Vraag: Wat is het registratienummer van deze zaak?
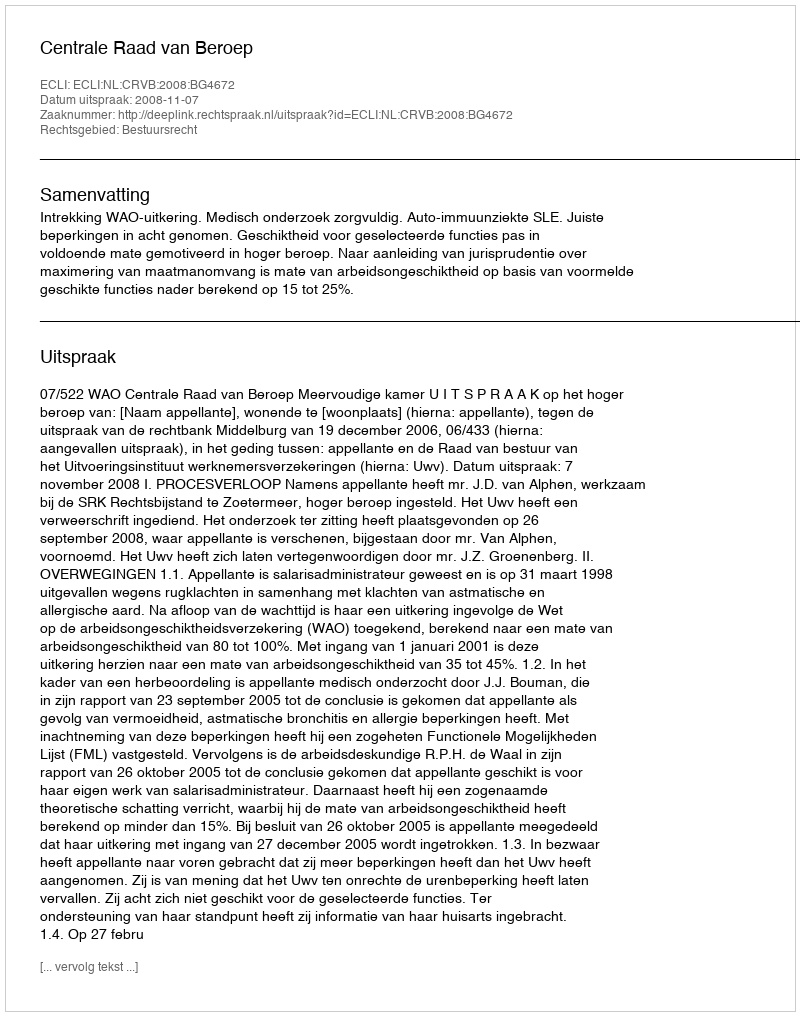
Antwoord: http://deeplink.rechtspraak.nl/uitspraak?id=ECLI:NL:CRVB:2008:BG4672